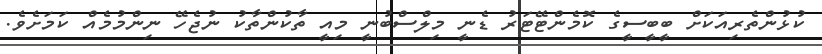
ކުޅުންތެރިއަކަށް ބީބީސީގެ ކޮމެންޓޭޓަރު ޑެނީ މިލްސްބުނީ މިއީ ތާކުންތާކު ނުޖެހޭ ނިންމުމެއް ކަމަށެވެ.